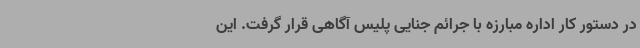
در دستور کار اداره مبارزه با جرائم جنایی پلیس آگاهی قرار گرفت. این